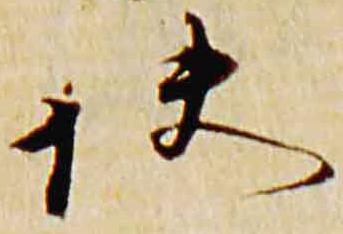
快